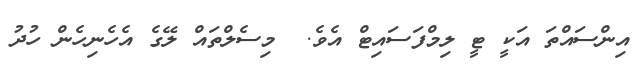
އިންސައްތަ އަކީ ޓީ ލިމްފަސައިޓް އެވެ.  މިސެލްތައް ލޭގެ އެހެނިހެން ހުދު